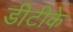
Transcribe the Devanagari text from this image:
डीटीके